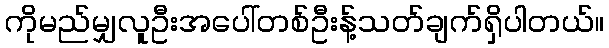
ကိုမည်မျှလူဦးအပေါ်တစ်ဦးန့်သတ်ချက်ရှိပါတယ်။